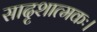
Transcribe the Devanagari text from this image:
सादृशात्मकः।